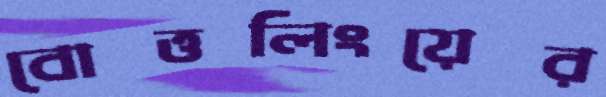
বোত্তলিংয়ের